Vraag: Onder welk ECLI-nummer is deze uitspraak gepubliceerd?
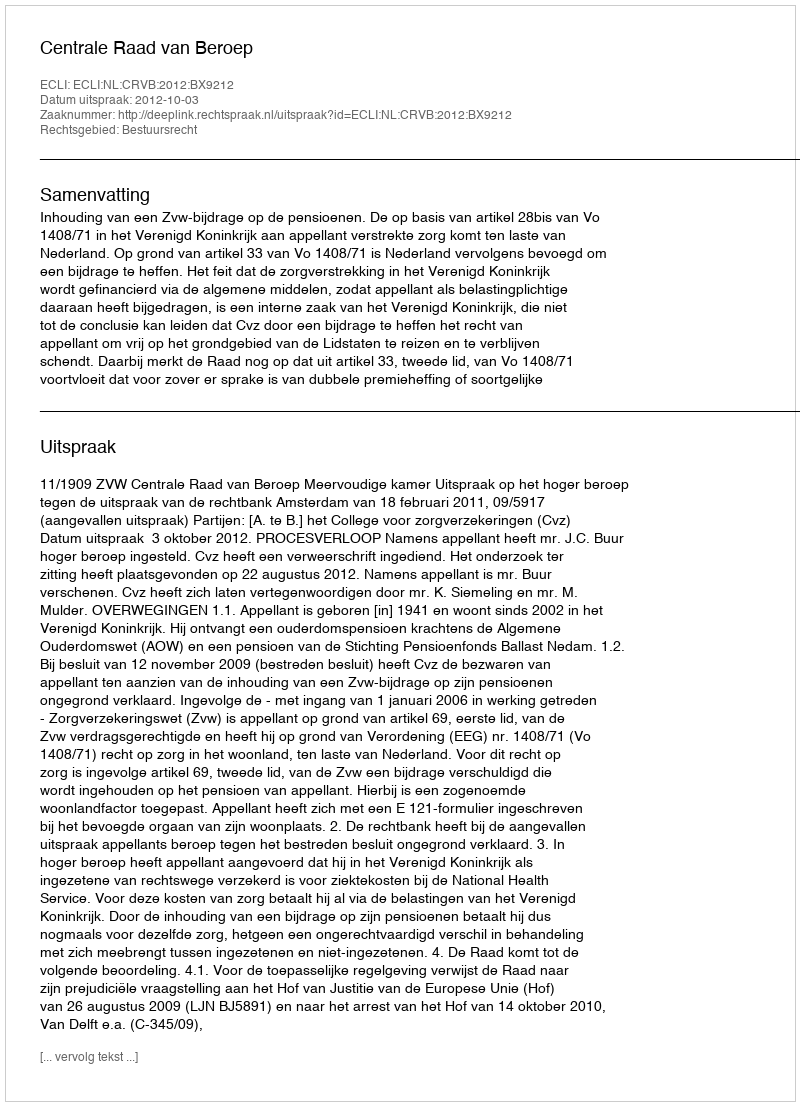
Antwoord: ECLI:NL:CRVB:2012:BX9212